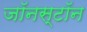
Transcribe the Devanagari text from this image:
जॉनस्टॉन